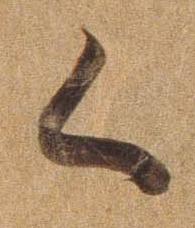
く